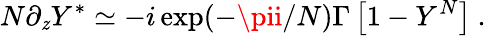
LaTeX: N\partial_{\mathit{z}}Y^{*}\simeq-i\exp(-\pii/N)\Gamma\left[1-Y^{N}\right]~.